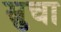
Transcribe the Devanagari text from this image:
स्रुचा